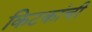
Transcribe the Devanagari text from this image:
किटकांची